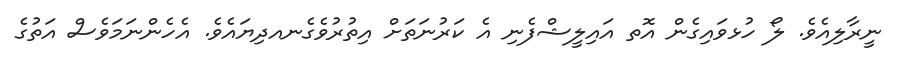
ނީރާލިއެވެ. ލޯ ހުޅވައިގެން އޮތ އައިލީޝްފެނި އެ ކަރުނަތަށް އިތުރުވެގެނއދިޔައެވެ. އެހެންނަމަވެސް އަތުގެ